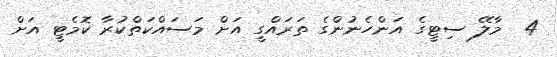
4  މާލޭ ސިޓީގެ އަންހެނުންގެ ތަރައްގީ އަށް މަސައްކަތްކުރާ ކޮމެޓީ އަށް